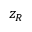
z _ { R }